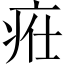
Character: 𤵴